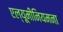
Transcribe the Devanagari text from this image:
एल्यूमीनियमना